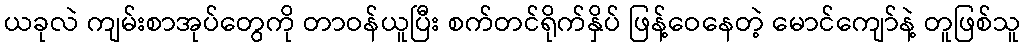
ယခုလဲ ကျမ်းစာအုပ်တွေကို တာဝန်ယူပြီး စက်တင်ရိုက်နှိပ် ဖြန့်ဝေနေတဲ့ မောင်ကျော်နဲ့ တူဖြစ်သူ